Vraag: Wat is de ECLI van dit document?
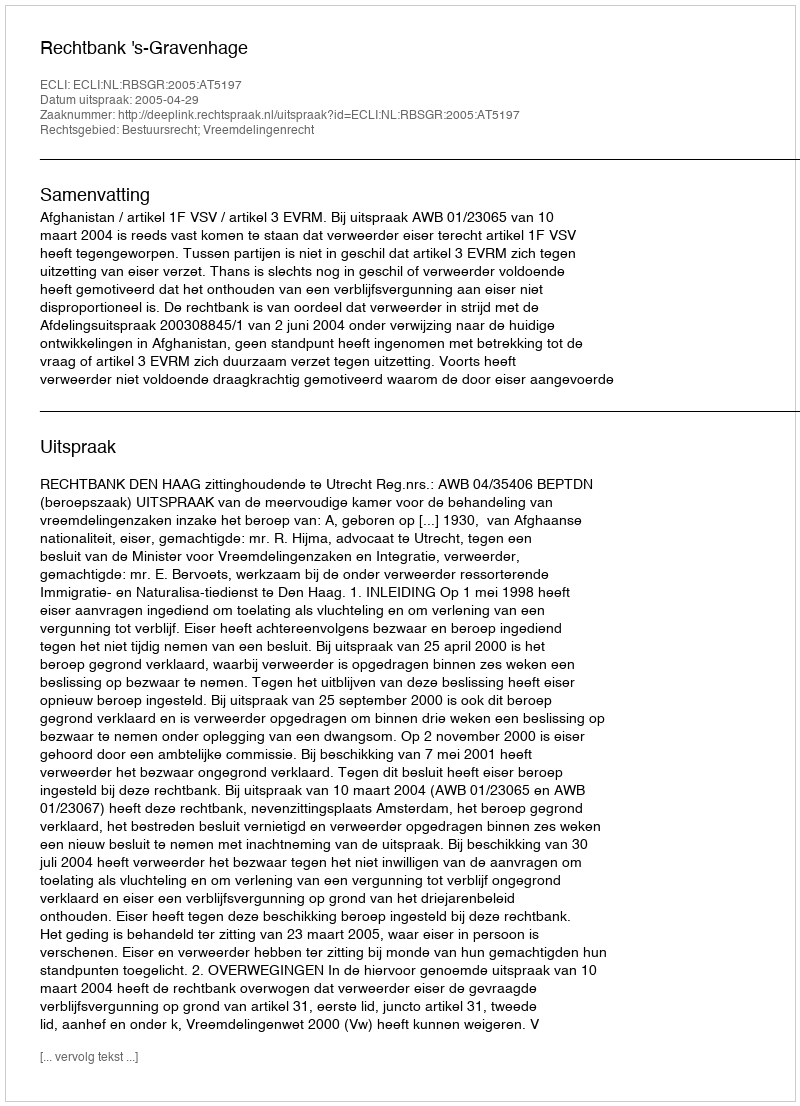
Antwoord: ECLI:NL:RBSGR:2005:AT5197